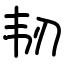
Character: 韧